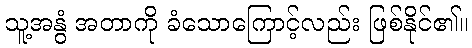
သူ့အနွံ အတာကို ခံသောကြောင့်လည်း ဖြစ်နိုင်၏။